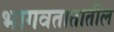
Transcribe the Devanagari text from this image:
भागवतातातील